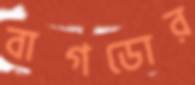
বাগডোর